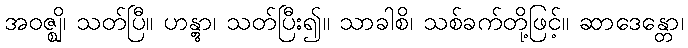
အဝဇ္ဈိ၊ သတ်ပြီ။ ဟန္တွာ၊ သတ်ပြီး၍။ သာခါစိ၊ သစ်ခက်တို့ဖြင့်။ ဆာဒေန္တော၊